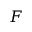
{ \cal F }